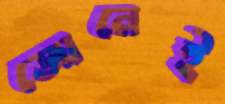
জোনেই